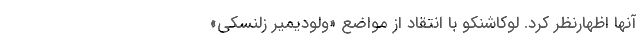
آنها اظهارنظر کرد. لوکاشنکو با انتقاد از مواضع «ولودیمیر زلنسکی»